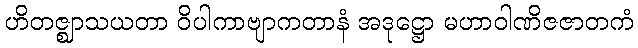
ဟိတဇ္ဈာသယတာ ဝိပါကာဗျာကတာနံ အဒုဋ္ဌော မဟာဝါဏိဇဇာတကံ